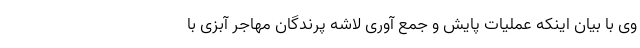
وی با بیان اینکه عملیات پایش و جمع آوری لاشه پرندگان مهاجر آبزی با